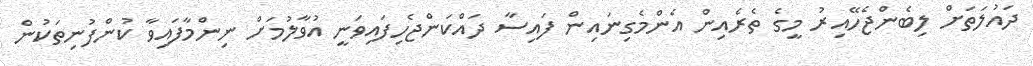
ދައުލަތަށް ލިބެންޖެހޭއިރު މީގެ ތެރެއިން އެންމެގިނައިން ފައިސާ ދައްކަންޖެހިފައިވަނީ އުވާލުމަށް ނިންމާފައިވާ ކުންފުނިތަކުން